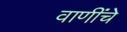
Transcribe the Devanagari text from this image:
वाणींचे